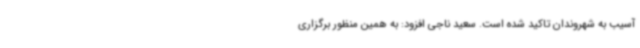
آسیب به شهروندان تاکید شده است. سعید ناجی افزود: به همین منظور برگزاری